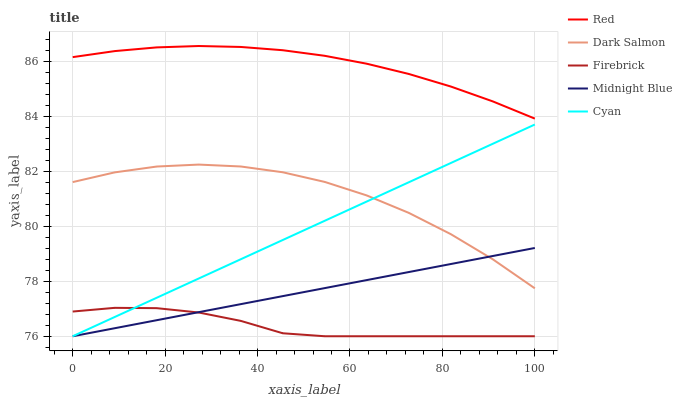
| xaxis_label | Red | Dark Salmon | Firebrick | Midnight Blue | Cyan |
 | --- | --- | --- | --- | --- | --- |
 | 0 | 86.2 | 81.6 | 76.9 | 76 | 76 |
 | 9.09 | 86.4 | 82 | 77 | 76.3 | 76.7 |
 | 18.2 | 86.5 | 82.2 | 77 | 76.6 | 77.4 |
 | 27.3 | 86.6 | 82.2 | 76.9 | 76.9 | 78.1 |
 | 36.4 | 86.5 | 82.2 | 76.6 | 77.2 | 78.8 |
 | 45.5 | 86.4 | 82 | 76.1 | 77.5 | 79.5 |
 | 54.5 | 86.2 | 81.6 | 76 | 77.8 | 80.2 |
 | 63.6 | 85.9 | 81.1 | 76 | 78 | 80.9 |
 | 72.7 | 85.5 | 80.5 | 76 | 78.3 | 81.6 |
 | 81.8 | 85.1 | 79.7 | 76 | 78.6 | 82.3 |
 | 90.9 | 84.5 | 78.8 | 76 | 78.9 | 83 |
 | 100 | 83.9 | 77.7 | 76 | 79.2 | 83.7 |